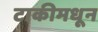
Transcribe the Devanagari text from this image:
टाकीमधून